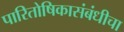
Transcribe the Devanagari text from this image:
पारितोषिकासंबंधीचा